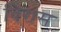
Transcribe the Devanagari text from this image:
विरास